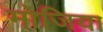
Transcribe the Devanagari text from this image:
मोजिया